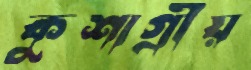
কুশাগ্রীয়